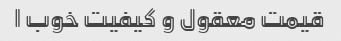
قیمت معقول و کیفیت خوب ا